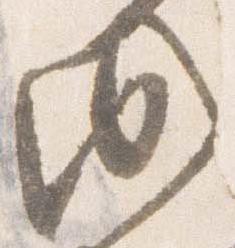
成